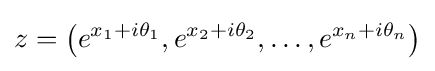
z=\left(e^{x_{1}+i\theta _{1}},e^{x_{2}+i\theta _{2}},\dots ,e^{x_{n}+i\theta _{n}}\right)